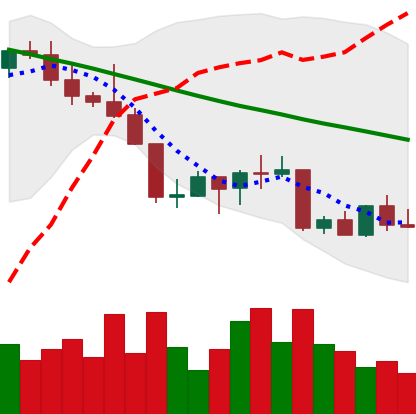
Ticker: NEO-USD
Chart end date: 2022-08-31
Forward return: 3.514%
Label: up_3_5